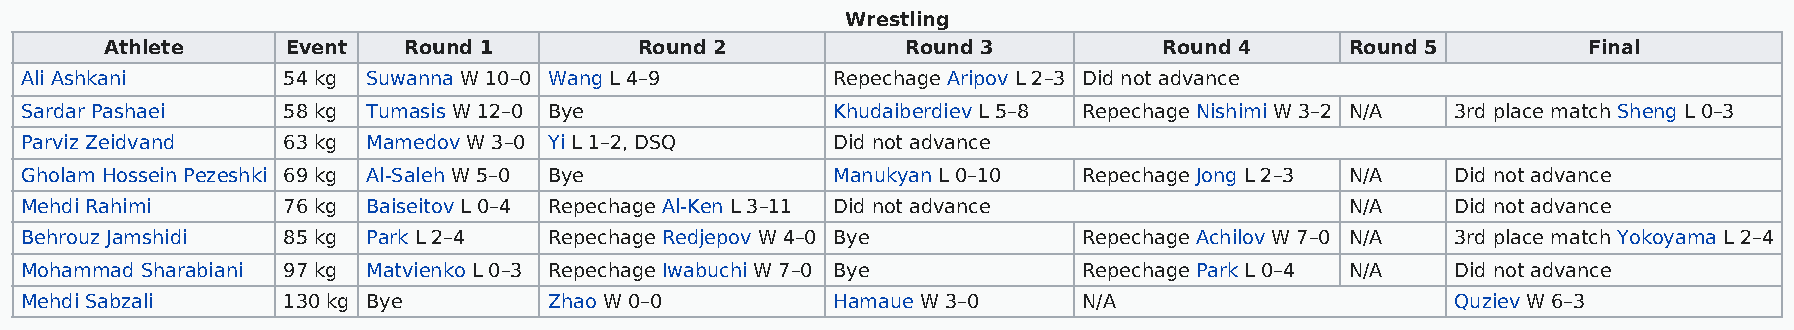
Wrestling
 Athlete     Event   Round 1        Round 2           Round 3          Round 4     Round 5         Final
 Ali Ashkani       54 kg Suwanna W 10–0 Wang L 4–9     Repechage Aripov L 2–3 Did not advance
 Sardar Pashaei    58 kg Tumasis W 12–0 Bye            Khudaiberdiev L 5–8 Repechage Nishimi W 3–2 N/A 3rd place match Sheng L 0–3
 Parviz Zeidvand   63 kg Mamedov W 3–0 Yi L 1–2, DSQ   Did not advance
 Gholam Hossein Pezeshki 69 kg Al-Saleh W 5–0 Bye      Manukyan L 0–10  Repechage Jong L 2–3 N/A Did not advance
 Mehdi Rahimi      76 kg Baiseitov L 0–4 Repechage Al-Ken L 3–11 Did not advance         N/A    Did not advance
 Behrouz Jamshidi  85 kg Park L 2–4 Repechage Redjepov W 4–0 Bye        Repechage Achilov W 7–0 N/A 3rd place match Yokoyama L 2–4
 Mohammad Sharabiani 97 kg Matvienko L 0–3 Repechage Iwabuchi W 7–0 Bye Repechage Park L 0–4 N/A Did not advance
 Mehdi Sabzali     130 kg Bye       Zhao W 0–0         Hamaue W 3–0     N/A                     Quziev W 6–3